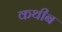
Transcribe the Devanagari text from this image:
कथीब